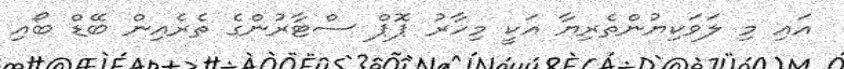
އައި މި ލަވަކިޔުންތެރިޔާ އަކީ މިހާރު ޕޮޕް ސްޓާރުންގެ ތެރެއިން ބޭޑް ބޯއި